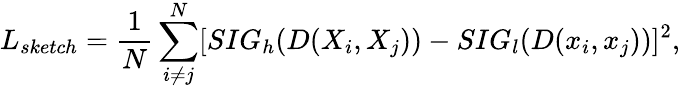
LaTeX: L_{sketch}=\frac{1}{N}\sum_{i\neq j}^{N}[SIG_{h}(D(X_{i},X_{j}))-SIG_{l}(D(x_{i},x_{j}))]^{2},